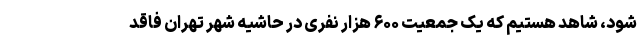
شود، شاهد هستیم که یک جمعیت ۶۰۰ هزار نفری در حاشیه شهر تهران فاقد